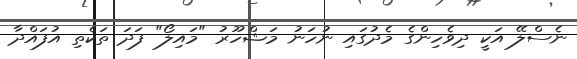
ނެސްލޭ އަކީ ދިވެހިންގެ މެދުގައި ނުހަނު މަޝްހޫރު "މައިލޯ" ފަދަ ތަކެތި އުފައްދާ